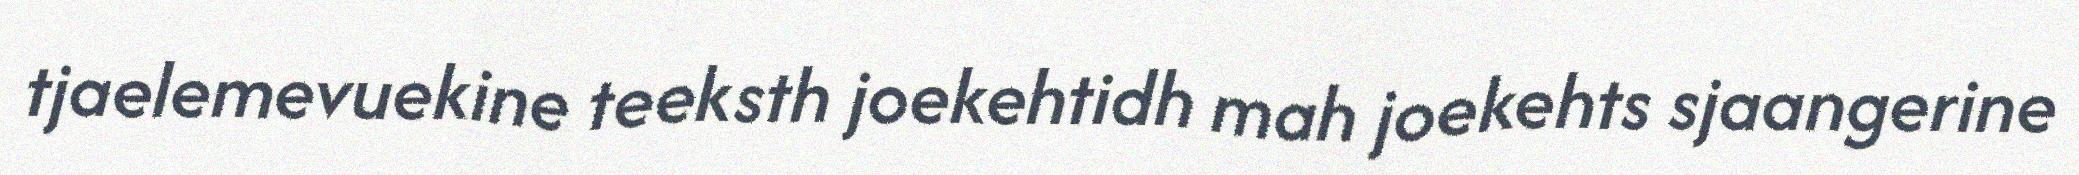
tjaelemevuekine teeksth joekehtidh mah joekehts sjaangerine